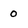
Character: 0